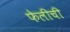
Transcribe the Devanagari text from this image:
फेलीची